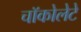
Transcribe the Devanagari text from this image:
चॉकोलेटे